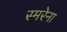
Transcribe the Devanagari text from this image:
स्मरेना